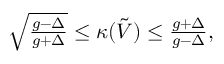
\begin{array} { r } { \sqrt { \frac { g - \Delta } { g + \Delta } } \le \kappa ( \tilde { V } ) \le \frac { g + \Delta } { g - \Delta } , } \end{array}